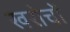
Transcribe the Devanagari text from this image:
खरोचों